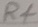
Text: R4